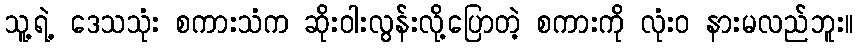
သူ့ရဲ့ ဒေသသုံး စကားသံက ဆိုးဝါးလွန်းလို့ပြောတဲ့ စကားကို လုံးဝ နားမလည်ဘူး။